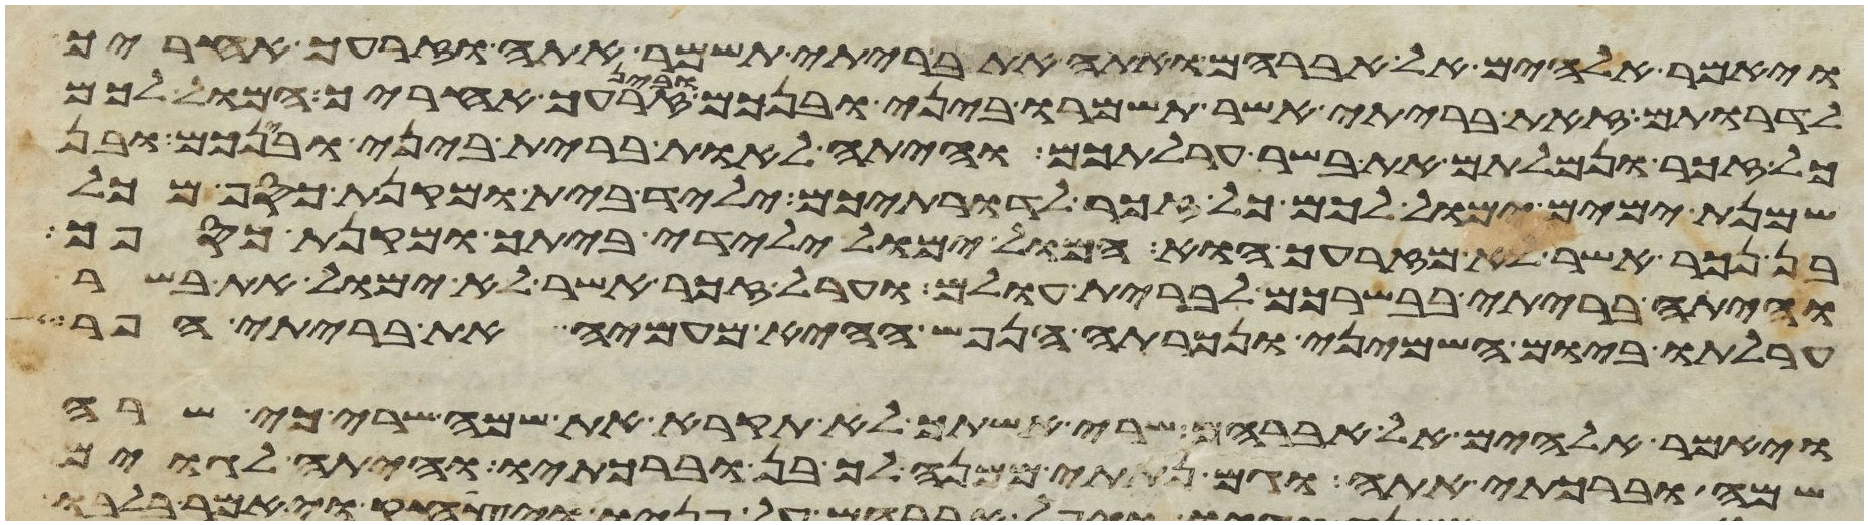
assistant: ויאמר אלהים אל אברהם ואתה את בריתי תשמר אתה וזרעך אחריך
לדרותם זאת בריתי אשר תשמרו ביני ובינכם ובין זרעך אחריך המול לכם
כל זכר ונמלתם את בשר ערלתכם והיתה לאות ברית ביני ובינכם ובן
שמנת ימים ימול לכם כל זכר לדרתיכם יליד בית ומקנת כסף מכל
בן נכר אשר לא מזרעך הוא המול ימול ילידי ביתך ומקנת כספך
והיתה בריתי בבשרכם לברית עולם וערל זכר אשר לא ימול את בשר
ערלתו ביום השמיני ונכרתה הנפש ההיא מעמיה את בריתי הפר
ויאמר אלהים אל אברהם שרי אשתך לא תקרא את שמה שרי כי שרה
שמה וברכתי אתה וגם נתתי ממנה לך בן וברכתיו והיתה לגוים